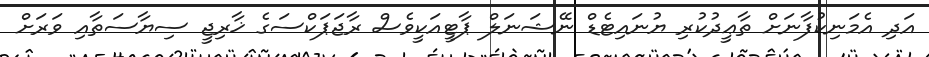
އަދި އެމަނިކުފާނަށް ތާޢީދުކުރި ޔުނައިޓެޑް ނޭޝަނަލް ޕާޓީއަކީވެސް ރާޖަޕަކްސަގެ ޚާރިޖީ ސިޔާސަތާއި ވަރަށް